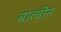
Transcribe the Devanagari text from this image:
बाल्ढीम